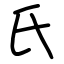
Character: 氏